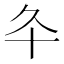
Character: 𠥾